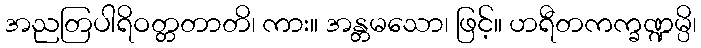
အညတြပါရိဝတ္တတာတိ၊ ကား။ အန္တမသော၊ ဖြင့်။ ဟရီတကက္ခဏ္ဍမ္ပိ၊